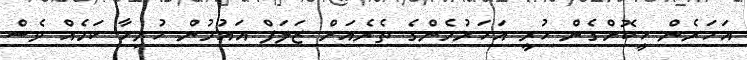
އަހަރެން ހީކޮށްގެން ހުރީ އަހަރުމެންގެ ތެރެއަށް ޒަލަފް އައުމުން ހުރިހާ ކަމެއް ވެސް